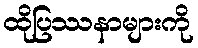
ထိုပြဿနာများကို